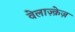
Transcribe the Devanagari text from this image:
वेलाज़्क़ेज़